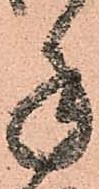
手